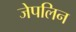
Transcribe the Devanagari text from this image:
जेपलिन